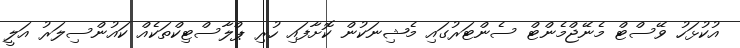
އުކުޅަހު ވޭސްޓް މެނޭޖްމެންޓް ސެންޓަރުގައި މެޝިނަކުން ކޮށާފައި ހުރި ޕްލާސްޓިކްތަކެއް ކައުންސިލަރު އަލީ